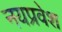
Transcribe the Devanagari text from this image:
नयप्रवेश